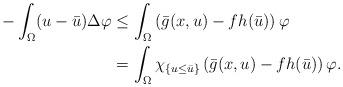
LaTeX: \begin{align*}-\int_{\Omega}(u-\bar{u})\Delta \varphi&\leq \int_{\Omega}\left(\bar{g}(x,u)-fh(\bar{u})\right)\varphi \\&=\int_{\Omega}\chi_{\{u\leq \bar{u}\}}\left(\bar{g}(x,u)-fh(\bar{u})\right)\varphi.\end{align*}